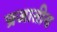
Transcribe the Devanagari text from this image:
न्रजातीय